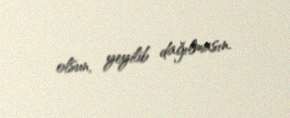
olsun, yeyilib dağılmasın.